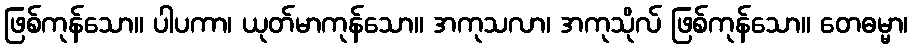
ဖြစ်ကုန်သော။ ပါပကာ၊ ယုတ်မာကုန်သော။ အကုသလာ၊ အကုသိုလ် ဖြစ်ကုန်သော။ တေဓမ္မာ၊